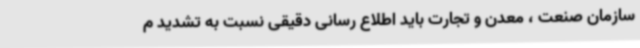
سازمان صنعت ، معدن و تجارت باید اطلاع رسانی دقیقی نسبت به تشدید م